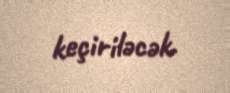
keçiriləcək.